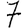
Digit: 7